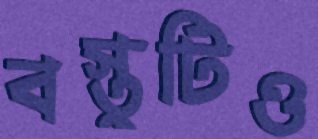
বস্তুটিও